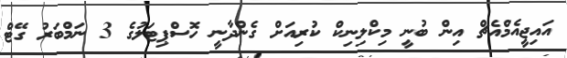
އައިޖީއެމްއެޗް އިން ބުނީ މިކްލިނިކް ކުރިއަށް ގެންދާނީ ހޮސްޕިޓަލުގެ 3 ނަމްބަރު ގޭޓް